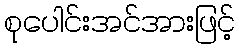
စုပေါင်းအင်အားဖြင့်